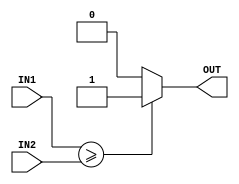
module komparator(IN1, IN2, OUT);
input [1:0] IN1, IN2;
output reg OUT;

   always @(IN1 or IN2)
      if (IN1 >= IN2)  //typ komparatora
	    OUT = 1'b1;
      else
		OUT = 1'b0;

endmodule

//zadania:
//1 implementacja
//2 zrealizowac komparator z wyjsciami I1>I2, I1=I2, I1<I2
/*
        |  |        |  |
       _|  |_      _|  |_
       \    /      \    /
        \  /        \  /
     +--------------------+
     |                    |
     |                  > +------
     |                  = +------
     |                  < +------
     |                    |
     +--------------------+
*/
//3 zrealizowac komparator kaskadowy z wejsciani/wyjsciami I1>I2, I1=I2, I1<I2
/*
        |  |        |  |
       _|  |_      _|  |_
       \    /      \    /
        \  /        \  /
     +--------------------+
     |                    |
-----+ >                > +------
-----+ =                = +------
-----+ <                < +------
     |                    |
     +--------------------+
*/